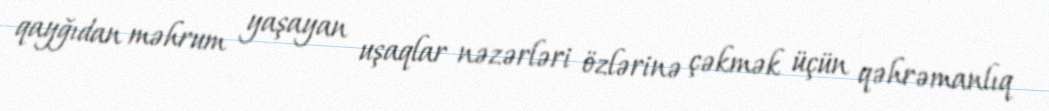
qayğıdan məhrum yaşayan uşaqlar nəzərləri özlərinə çəkmək üçün qəhrəmanlıq